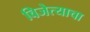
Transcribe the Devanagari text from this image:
विजेत्याचा